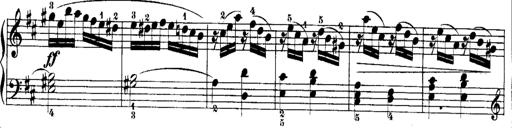
Title: Rondos and Sonatinas for Pianoforte
Composer: Daniel Steibelt